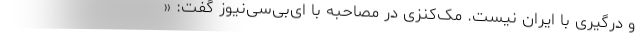
و درگیری با ایران نیست. مک‌کنزی در مصاحبه با ای‌بی‌سی‌نیوز گفت: «